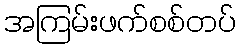
အကြမ်းဖက်စစ်တပ်